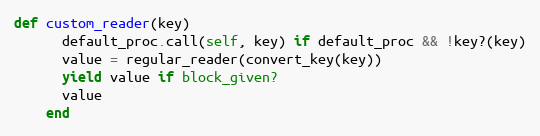
Language: Ruby
def custom_reader(key)
      default_proc.call(self, key) if default_proc && !key?(key)
      value = regular_reader(convert_key(key))
      yield value if block_given?
      value
    end